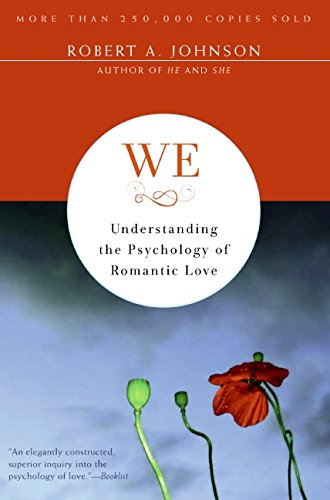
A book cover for We: Understanding the Psychology of Romantic Love; Robert A. Johnson; Health, Fitness & Dieting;